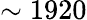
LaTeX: \sim 1920